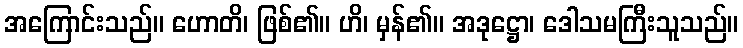
အကြောင်းသည်။ ဟောတိ၊ ဖြစ်၏။ ဟိ၊ မှန်၏။ အဒုဋ္ဌော၊ ဒေါသမကြီးသူသည်။